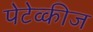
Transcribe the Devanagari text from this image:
पेटेव्कीज